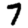
Digit: 7